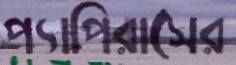
প্যাপিরাসের